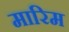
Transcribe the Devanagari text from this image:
मारिम